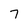
Character: 7